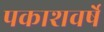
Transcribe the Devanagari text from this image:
पकाशवर्षे